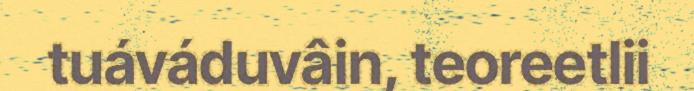
tuáváduvâin, teoreetlii